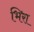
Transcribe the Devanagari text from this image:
भिरा